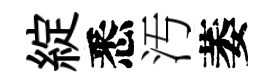
綻悉汚萎